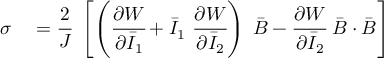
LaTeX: \begin{array} { r l } { { \boldsymbol { \sigma } } } & { { } = { \cfrac { 2 } { J } } ~ \left[ \left( { \cfrac { \partial W } { \partial { \bar { I } } _ { 1 } } } + { \bar { I } } _ { 1 } ~ { \cfrac { \partial W } { \partial { \bar { I } } _ { 2 } } } \right) ~ { \bar { \boldsymbol { B } } } - { \cfrac { \partial W } { \partial { \bar { I } } _ { 2 } } } ~ { \bar { \boldsymbol { B } } } \cdot { \bar { \boldsymbol { B } } } \right] } \end{array}